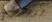
تريدنني